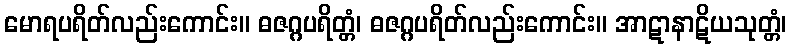
မောရပရိတ်လည်းကောင်း။ ဓဇဂ္ဂပရိတ္တံ၊ ဓဇဂ္ဂပရိတ်လည်းကောင်း။ အာဋာနာဋိယသုတ္တံ၊